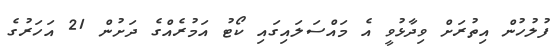
ފުލުހުން އިތުރަށް ވިދާޅުވީ އެ މައްސަލައިގައި ކޯޓު އަމުރެއްގެ ދަށުން 21 އަހަރުގެ